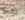
فقط